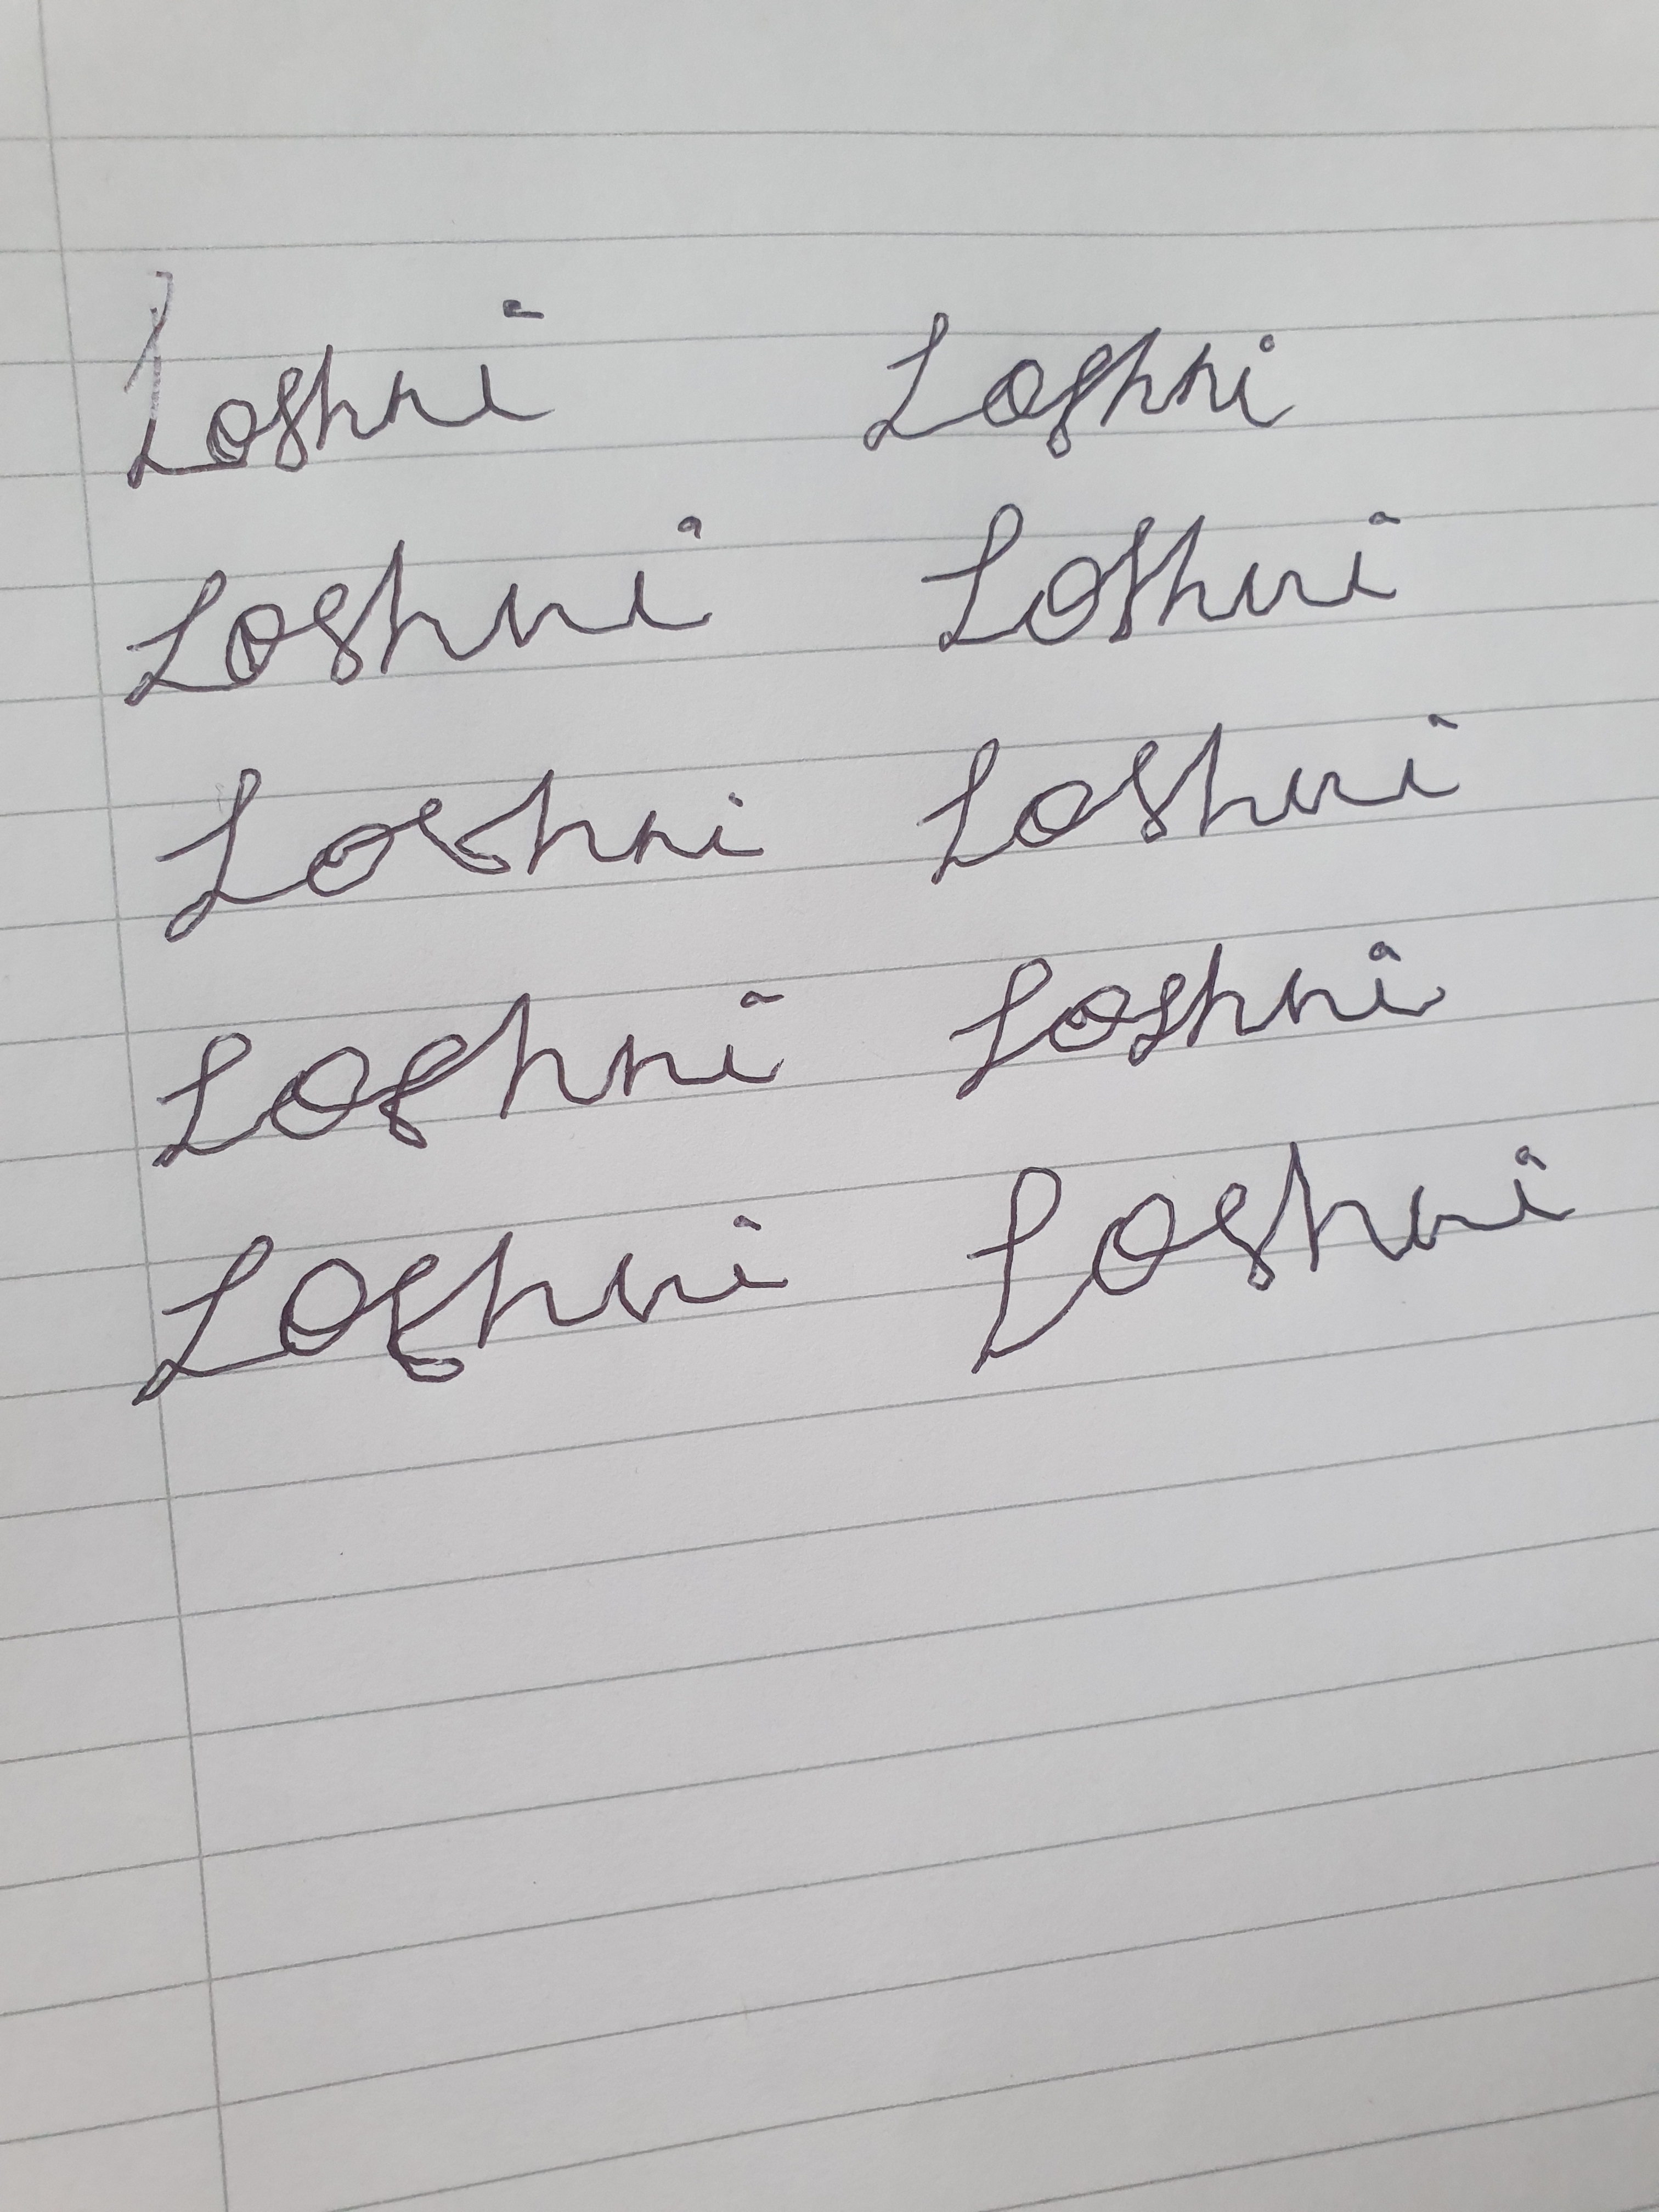
Signature authenticity: forged